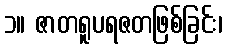
၁။ ဇာတရူပရဇတဖြစ်ခြင်း၊